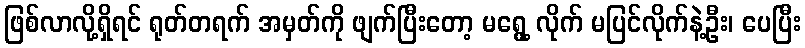
ဖြစ်လာလို့ရှိရင် ရုတ်တရက် အမှတ်ကို ဖျက်ပြီးတော့ မရွေ့ လိုက် မပြင်လိုက်နဲ့ဦး၊ ပေပြီး